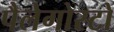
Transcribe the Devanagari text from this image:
पैलेगोस्टो